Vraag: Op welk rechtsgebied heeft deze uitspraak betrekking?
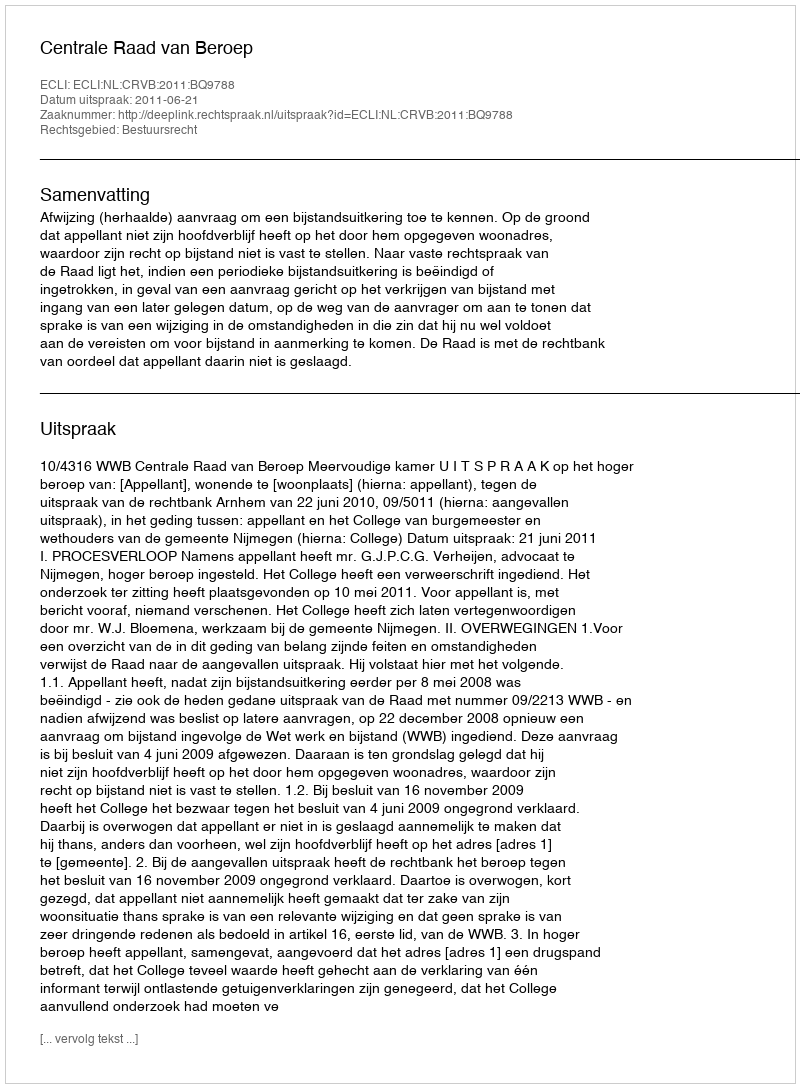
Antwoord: Bestuursrecht